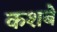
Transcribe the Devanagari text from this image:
कशबे